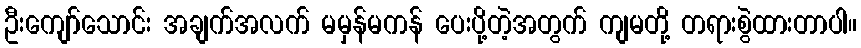
ဦးကျော်သောင်း အချက်အလက် မမှန်မကန် ပေးပို့တဲ့အတွက် ကျမတို့ တရားစွဲထားတာပါ။